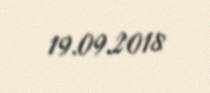
19.09.2018